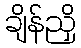
ချိန်ညှိ